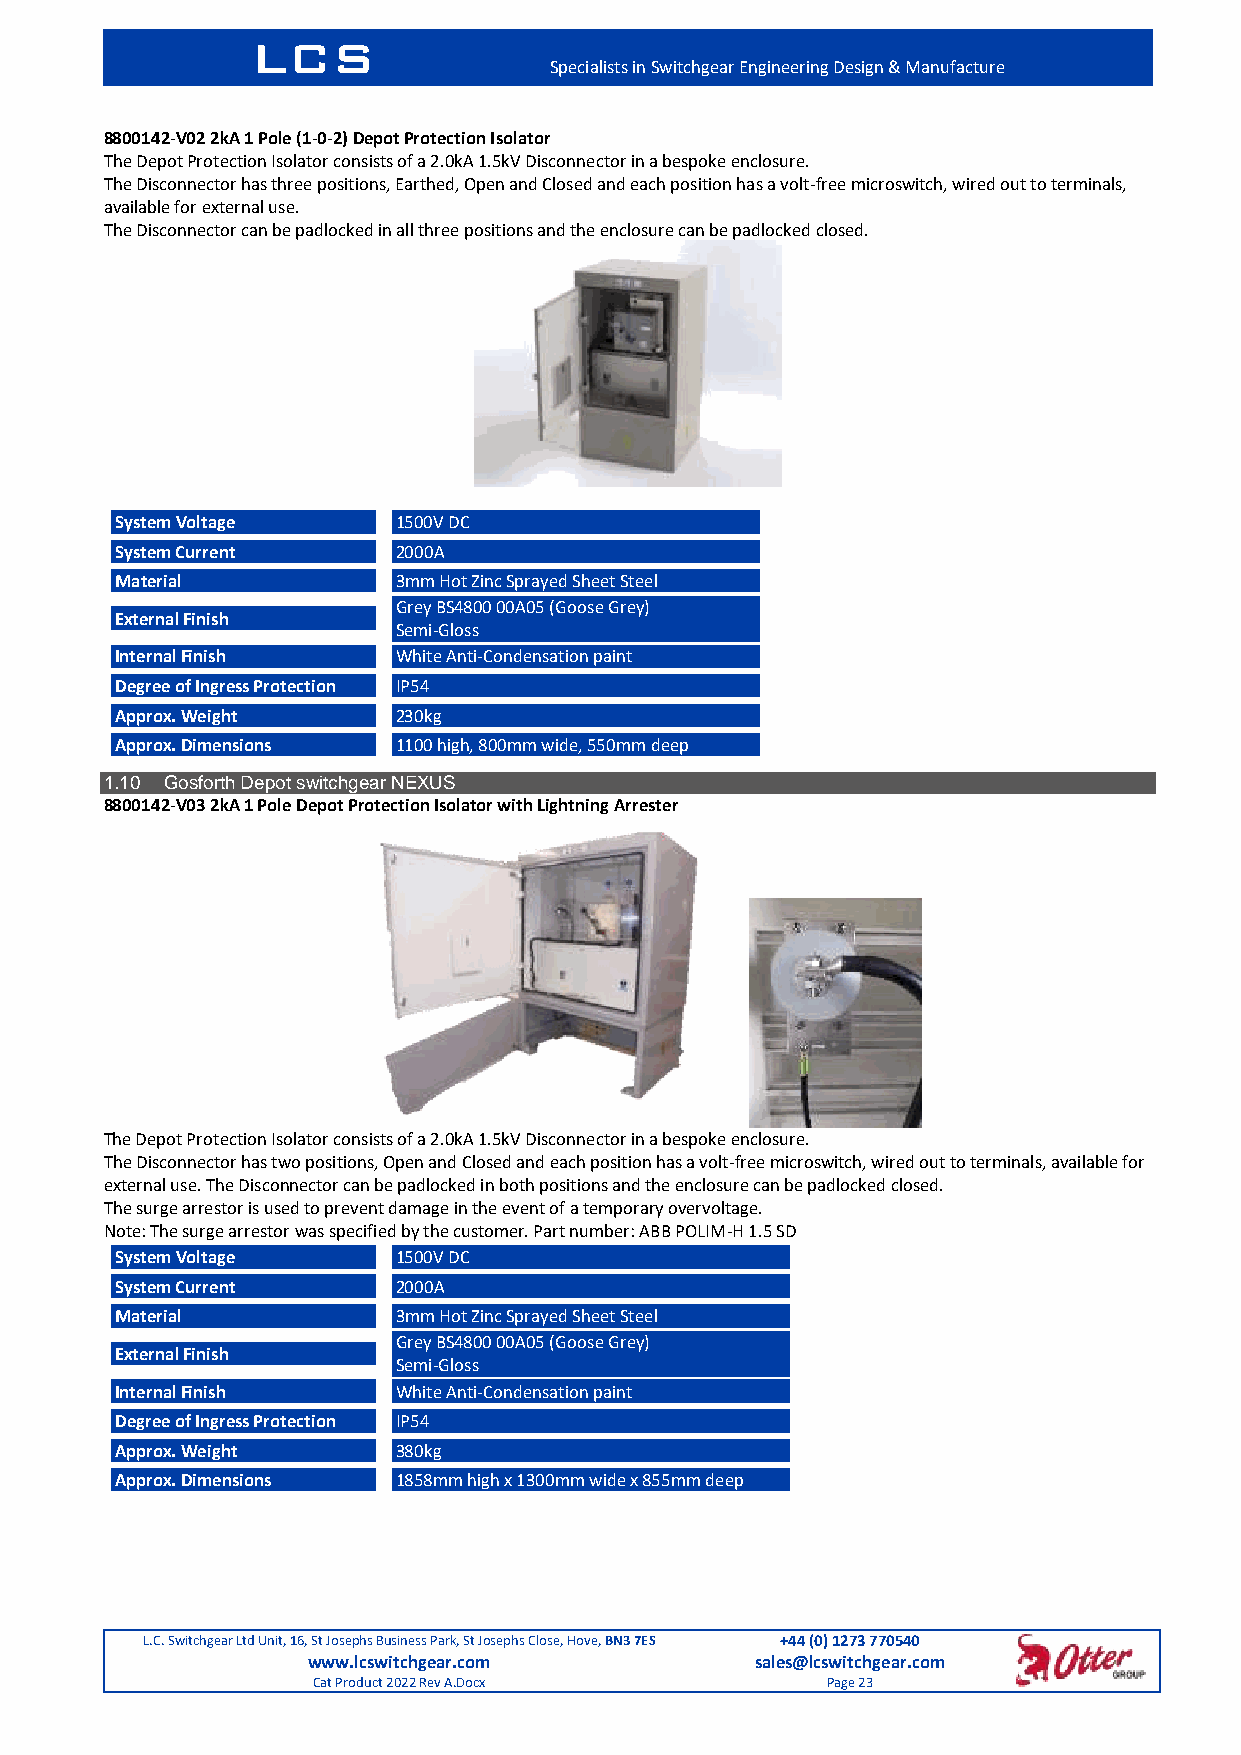
LCS
 Specialists in Switchgear Engineering Design & Manufacture
 8800142-V02 2kA 1 Pole (1-0-2) Depot Protection Isolator
 The Depot Protection Isolator consists of a 2.0kA 1.5kV Disconnector in a bespoke enclosure.
 The Disconnector has three positions, Earthed, Open and Closed and each position has a volt-free microswitch, wired out to terminals,
 available for external use.
 The Disconnector can be padlocked in all three positions and the enclosure can be padlocked closed.
 System Voltage    1500V DC
 System Current    2000A
 Material          3mm Hot Zinc Sprayed Sheet Steel
 Grey BS4800 00A05 (Goose Grey)
 External Finish
 Semi-Gloss
 Internal Finish   White Anti-Condensation paint
 Degree of Ingress Protection IP54
 Approx. Weight    230kg
 Approx. Dimensions 1100 high, 800mm wide, 550mm deep
 1.10 Gosforth Depot switchgear NEXUS
 8800142-V03 2kA 1 Pole Depot Protection Isolator with Lightning Arrester
 The Depot Protection Isolator consists of a 2.0kA 1.5kV Disconnector in a bespoke enclosure.
 The Disconnector has two positions, Open and Closed and each position has a volt-free microswitch, wired out to terminals, available for
 external use. The Disconnector can be padlocked in both positions and the enclosure can be padlocked closed.
 The surge arrestor is used to prevent damage in the event of a temporary overvoltage.
 Note: The surge arrestor was specified by the customer. Part number: ABB POLIM-H 1.5 SD
 System Voltage    1500V DC
 System Current    2000A
 Material          3mm Hot Zinc Sprayed Sheet Steel
 Grey BS4800 00A05 (Goose Grey)
 External Finish
 Semi-Gloss
 Internal Finish   White Anti-Condensation paint
 Degree of Ingress Protection IP54
 Approx. Weight    380kg
 Approx. Dimensions 1858mm high x 1300mm wide x 855mm deep
 L.C. Switchgear Ltd Unit, 16, St Josephs Business Park, St Josephs Close, Hove, BN3 7ES +44 (0) 1273 770540
 www.lcswitchgear.com          sales@lcswitchgear.com
 Cat Product 2022 Rev A.Docx       Page 23